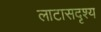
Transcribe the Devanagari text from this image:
लाटासदृश्य